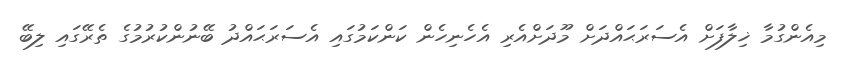
މިއެންގުމާ ޚިލާފަށް އެސަރަޙައްދަށް މޫދަށްއެރި އެހެނިހެން ކަންކަމުގައި އެސަރަޙައްދު ބޭނުންކުރުމުގެ ތެރޭގައި ލިބޭ